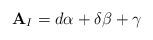
LaTeX: \begin{align*}\mathbf{A}_{I} = d\alpha + \delta\beta + \gamma\end{align*}